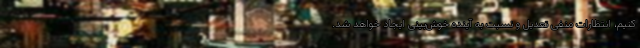
کنیم، انتظارات منفی تعدیل و نسبت به آینده خوش‌بینی ایجاد خواهد شد.